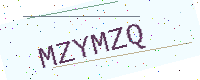
Text: MZYMZQ